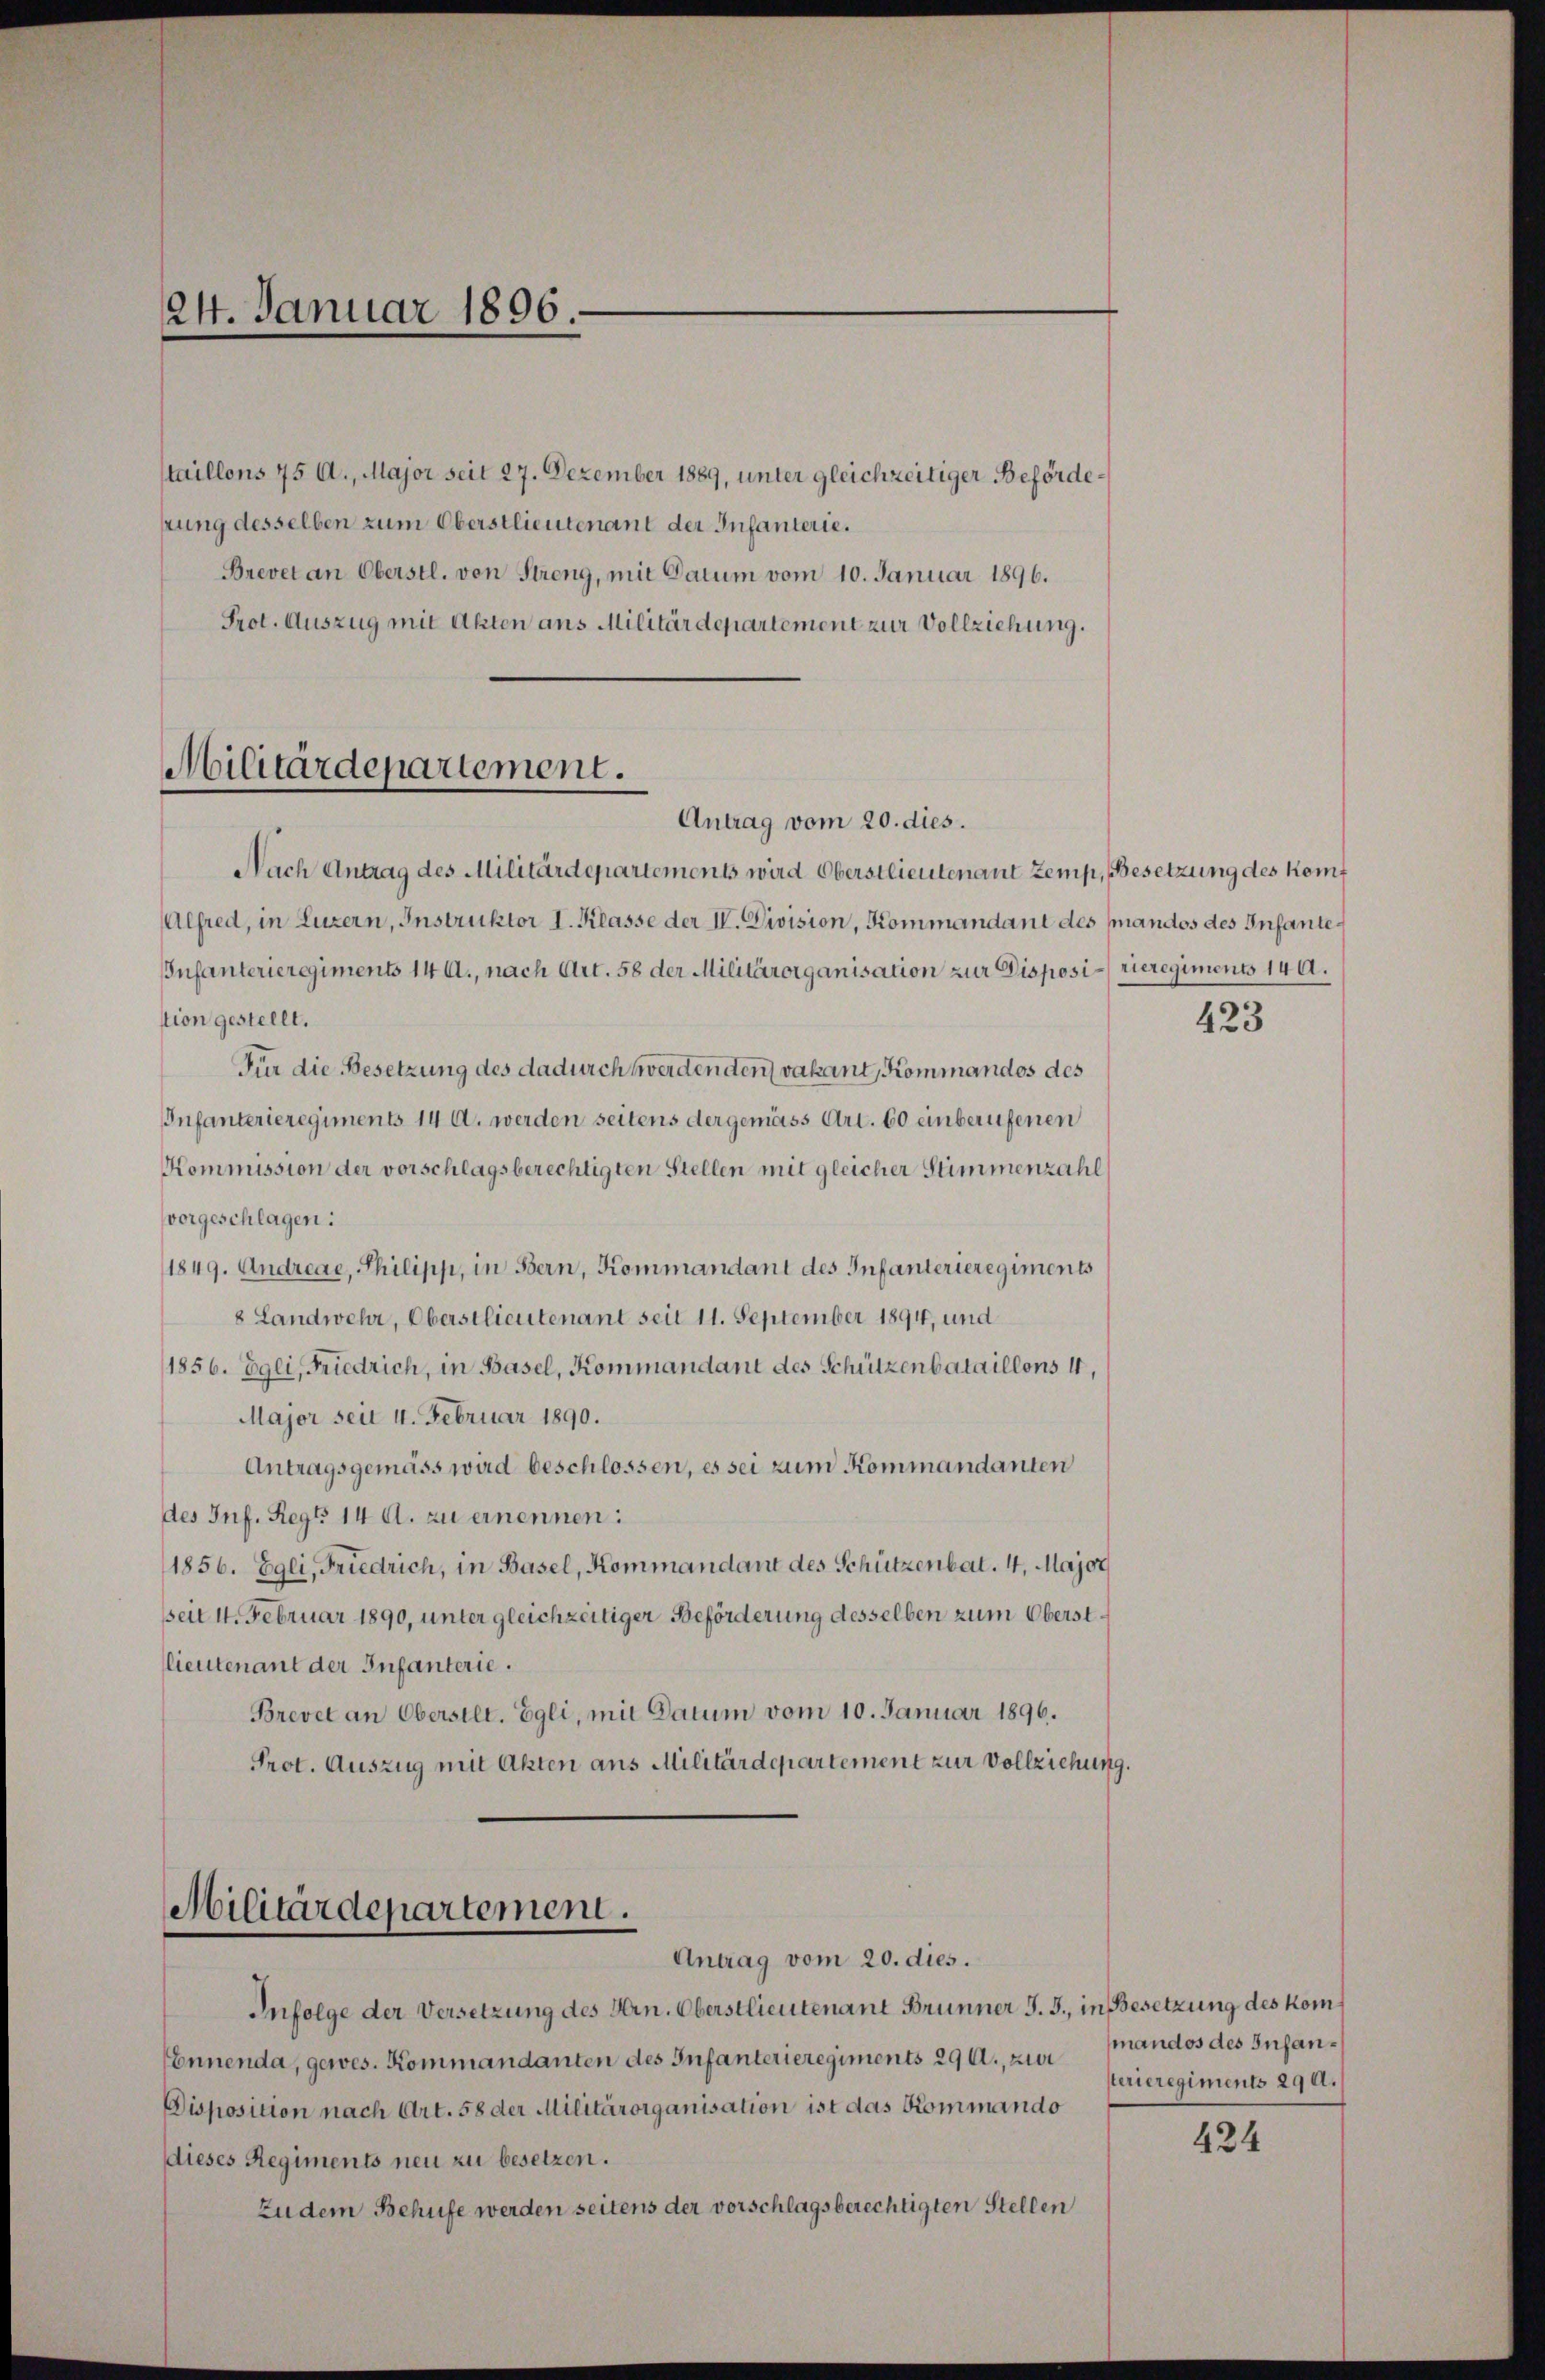
24. Januar 1896.

taillons 75 Al., Major seit 27. Dezember 1889, unter gleichzeitiger Befördekung desselben zum Oberstlieutenant der Infanterie.
Brevet an Oberstl. von Streng, mit Datum vom 10. Januar 1896.
Prot. Auszug mit Akten aus Militärdepartement zur Vollziehung.

Militärdepartement.
Antrag vom 20. dies.

Nach Antrag des Militärdepartements wird Oberstlieutenant Zemp, Besetzung des Komf
Alfred, in Luzern, Instruktor I. Klasse der IV. Division, Kommandant des (andos des Infante¬
IInfanterieregiments 14 d., nach Art. 58 der Militärorganisation zur Disposi rieregimens 140.
stion gestellt.
Für die Besetzung des dadurch werdenden vakant, Kommandos des
Infanterieregiments 14 A. werden seitens dergemäss Art. 60 einberufenen
Kommission der vorschlagsberechtigten Stellen mit gleicher Stimmenzahl
vorgeschlagen:
1849. Andreae, Philipp, in Bern, Kommandant des Infanterieregiments
8 Landwehr, Oberstlieutenant seit 11. September 1894, und
1856. Egli, Friedrich, in Basel, Kommandant des Schützenbataillons 4,
Major seit 4. Februar 1890.
Antragsgemäss wird beschlossen, es sei zum Kommandanten
des Inf. Regt 14 d. zu ernennen:
1856. Egli, Friedrich, in Basel, Kommandant des Schützenbart. 4. Major
sseit 14. Februar 1890, unter gleichzeitiger Beförderung desselben zum Oberstlieutenant der Infanterie.
Brevet an Obersilt. Egli, mit Datum vom 10. Januar 1896.
Prot. Auszug mit Akten aus Militärdepartement zur Vollziehung.
Militärdepartement.

Antrag vom 20. dies.

Infolge der Versetzung des Hrn. Oberstlieutenant Brunner J. J., in Besetzung des kom¬
Ennenda, gewes. Kommandanten des Infanterieregiments 290. zu mandos des Infan¬
Disposition nach Art. 58 der Militärorganisation ist das Kommando
dieses Regiments neu zu besetzen.
zudem Behufe werden seitens der vorschlagsberechtigten Stellen

423

terieregiments 290.

424